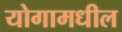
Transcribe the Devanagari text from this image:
योगामधील